Annual administration report of the Civil Veterinary Department of India - 1907-1908
Year: 1907
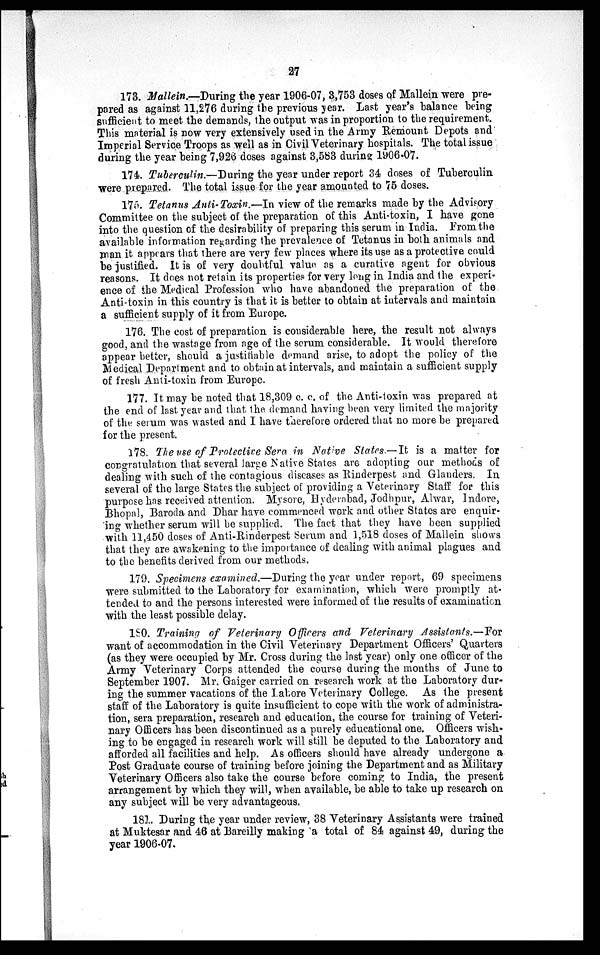
27
173. Mallein.—During the year 1906-07, 3,753 doses of Mallein were pre-
pared as against 11,276 during the previous year. Last year's balance being
sufficient to meet the demands, the output was in proportion to the requirement.
This material is now very extensively used in the Army Remount Depots and
Imperial Service Troops as well as in Civil Veterinary hospitals. The total issue
during the year being 7,926 doses against 3,583 during 1906-07.
174. Tuberculin.—During the year under report 34 doses of Tuberculin
were prepared. The total issue for the year amounted to 75 doses.
175. Tetanus Anti-Toxin.—In view of the remarks made by the Advisory
Committee on the subject of the preparation of this Anti-toxin, I have gone
into the question of the desirability of preparing this serum in India. From the
available information regarding the prevalence of Tetanus in both animals and
man it appears that there are very few places where its use as a protective could
be justified. It is of very doubtful value as a curative agent for obvious
reasons. It does not retain its properties for very long in India and the experi-
ence of the Medical Profession who have abandoned the preparation of the
Anti-toxin in this country is that it is better to obtain at intervals and maintain
a sufficient supply of it from Europe.
176. The cost of preparation is considerable here, the result not always
good, and the wastage from age of the serum considerable. It would therefore
appear better, should a justifiable demand arise, to adopt the policy of the
Medical Department and to obtain at intervals, and maintain a sufficient supply
of fresh Anti-toxin from Europe.
177. It may be noted that 18,309 c. c. of the Anti-toxin was prepared at
the end of last year and that the demand having been very limited the majority
of the serum was wasted and I have therefore ordered that no more be prepared
for the present.
178. The use of Protective Sera in Native States.—It is a matter for
congratulation that several large Native States are adopting our methods of
dealing with such of the contagious diseases as Rinderpest and Glanders. In
several of the large States the subject of providing a Veterinary Staff for this
purpose has received attention. Mysore, Hyderabad, Jodhpur, Alwar, Indore,
Bhopal, Baroda and Dhar have commenced work and other States are enquir-
ing whether serum will be supplied. The fact that they have been supplied
with 11,450 doses of Anti-Rinderpest Serum and 1,518 doses of Mallein shows
that they are awakening to the importance of dealing with animal plagues and
to the benefits derived from our methods.
179. Specimens examined.—During the year under report, 69 specimens
were submitted to the Laboratory for examination, which were promptly at-
tended to and the persons interested were informed of the results of examination
with the least possible delay.
180. Training of Veterinary Officers and Veterinary Assistants.—For
want of accommodation in the Civil Veterinary Department Officers' Quarters
(as they were occupied by Mr. Cross during the last year) only one officer of the
Army Veterinary Corps attended the course during the months of June to
September 1907. Mr. Gaiger carried on research work at the Laboratory dur-
ing the summer vacations of the Lahore Veterinary College. As the present
staff of the Laboratory is quite insufficient to cope with the work of administra-
tion, sera preparation, research and education, the course for training of Veteri-
nary Officers has been discontinued as a purely educational one. Officers wish-
ing to be engaged in research work will still be deputed to the Laboratory and
afforded all facilities and help. As officers should have already undergone a
Post Graduate course of training before joining the Department and as Military
Veterinary Officers also take the course before coming to India, the present
arrangement by which they will, when available, be able to take up research on
any subject will be very advantageous.
181. During the year under review, 38 Veterinary Assistants were trained
at Muktesar and 46 at Bareilly making a total of 84 against 49, during the
year 1906-07.